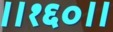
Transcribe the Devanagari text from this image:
॥१६०॥